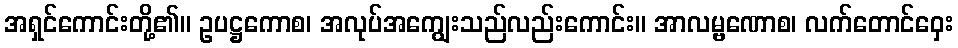
အရှင်ကောင်းတို့၏။ ဥပဋ္ဌကောစ၊ အလုပ်အကျွေးသည်လည်းကောင်း။ အာလမ္ဗဏောစ၊ လက်တောင်ဝှေး